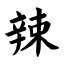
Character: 辣